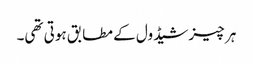
ہر چیز شیڈول کے مطابق ہوتی تھی۔